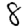
Digit: 8